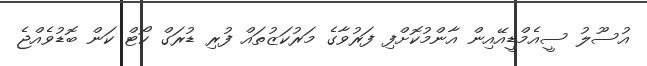
އުސޫލު ސީއެމްޑީއޭއިން އާންމުކޮށްފި ފަރުވާގެ މަރުކަޒުތައް ފުރި ޑުރަގް ކޯޓް ކަން ބޮޑުވެއްޖެ